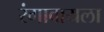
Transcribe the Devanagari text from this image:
रंगावायला